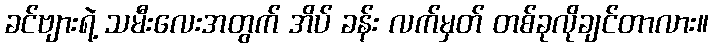
ခင်ဗျားရဲ့ သမီးလေးအတွက် အိပ် ခန်း လက်မှတ် တစ်ခုလိုချင်တာလား။